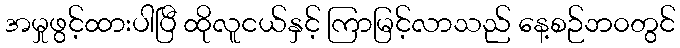
အမှုဖွင့်ထားပါပြီ ထိုလူငယ်နှင့် ကြာမြင့်လာသည် နေ့စဉ်ဘ၀တွင်